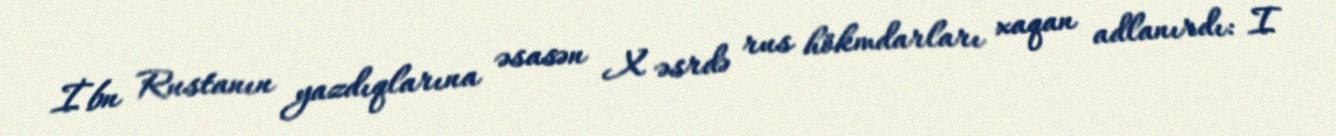
İbn Rustanın yazdıqlarına əsasən X əsrdə rus hökmdarları xaqan adlanırdı: I